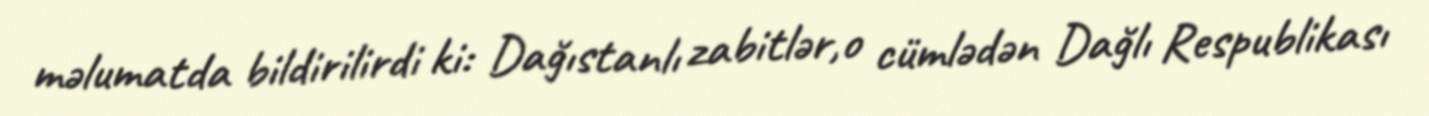
məlumatda bildirilirdi ki: Dağıstanlı zabitlər,o cümlədən Dağlı Respublikası